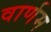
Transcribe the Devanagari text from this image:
वार्णम